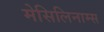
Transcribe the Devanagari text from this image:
मेसिलिनाम्स